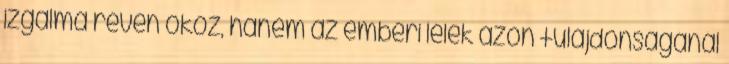
izgalma révén okoz, hanem az emberi lélek azon tulajdonságánál